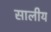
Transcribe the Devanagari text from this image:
सालीय